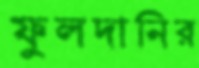
ফুলদানির